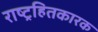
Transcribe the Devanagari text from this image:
राष्ट्रहितकारक